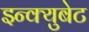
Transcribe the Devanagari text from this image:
इन्क्युबेट